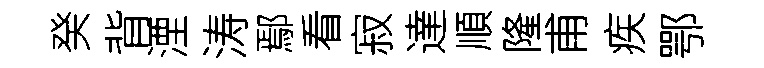
癸背湮涛鄢看寂達順隆甫疾鄂